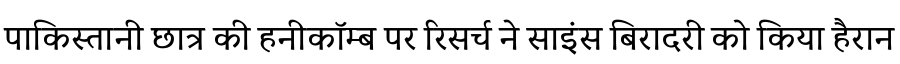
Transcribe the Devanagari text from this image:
पाकिस्तानी छात्र की हनीकॉम्ब पर रिसर्च ने साइंस बिरादरी को किया हैरान